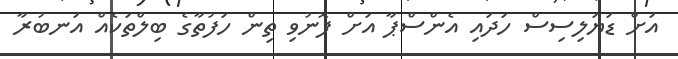
އަށް ޑަޔަލިސިސް ހަދައި އެންސްޕާ އަށް ފޮނުވި ތިން ހަފުތާގެ ބިލްތަކެއް އަނބުރާ